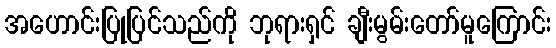
အဟောင်းပြုပြင်သည်ကို ဘုရားရှင် ချီးမွမ်းတော်မူကြောင်း